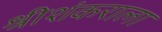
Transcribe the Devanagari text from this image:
श्रीशंकराला